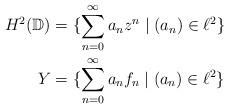
LaTeX: \begin{align*}H^2(\mathbb{D}) &= \{\sum_{n=0}^{\infty} a_n z^n \mid (a_n) \in \ell^2\} \\Y &= \{\sum_{n=0}^{\infty} a_n f_n \mid (a_n) \in \ell^2\}\end{align*}